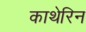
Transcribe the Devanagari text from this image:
काथेरिन